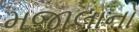
મજાલાનો